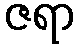
ဇရာ